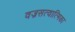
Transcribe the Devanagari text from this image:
वज्रसत्वात्मिका